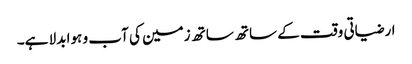
ارضیاتی وقت کے ساتھ ساتھ زمین کی آب و ہوا بدلا ہے۔